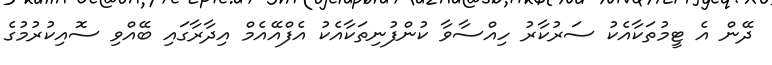
ދޭން އެ ޓީމުތަކާއެކު ސަރުކާރު ހިއްސާވާ ކުންފުނިތަކާއެކު އެފްއޭއެމް އިދާރާގައި ބޭއްވި ސޮއިކުރުމުގެ